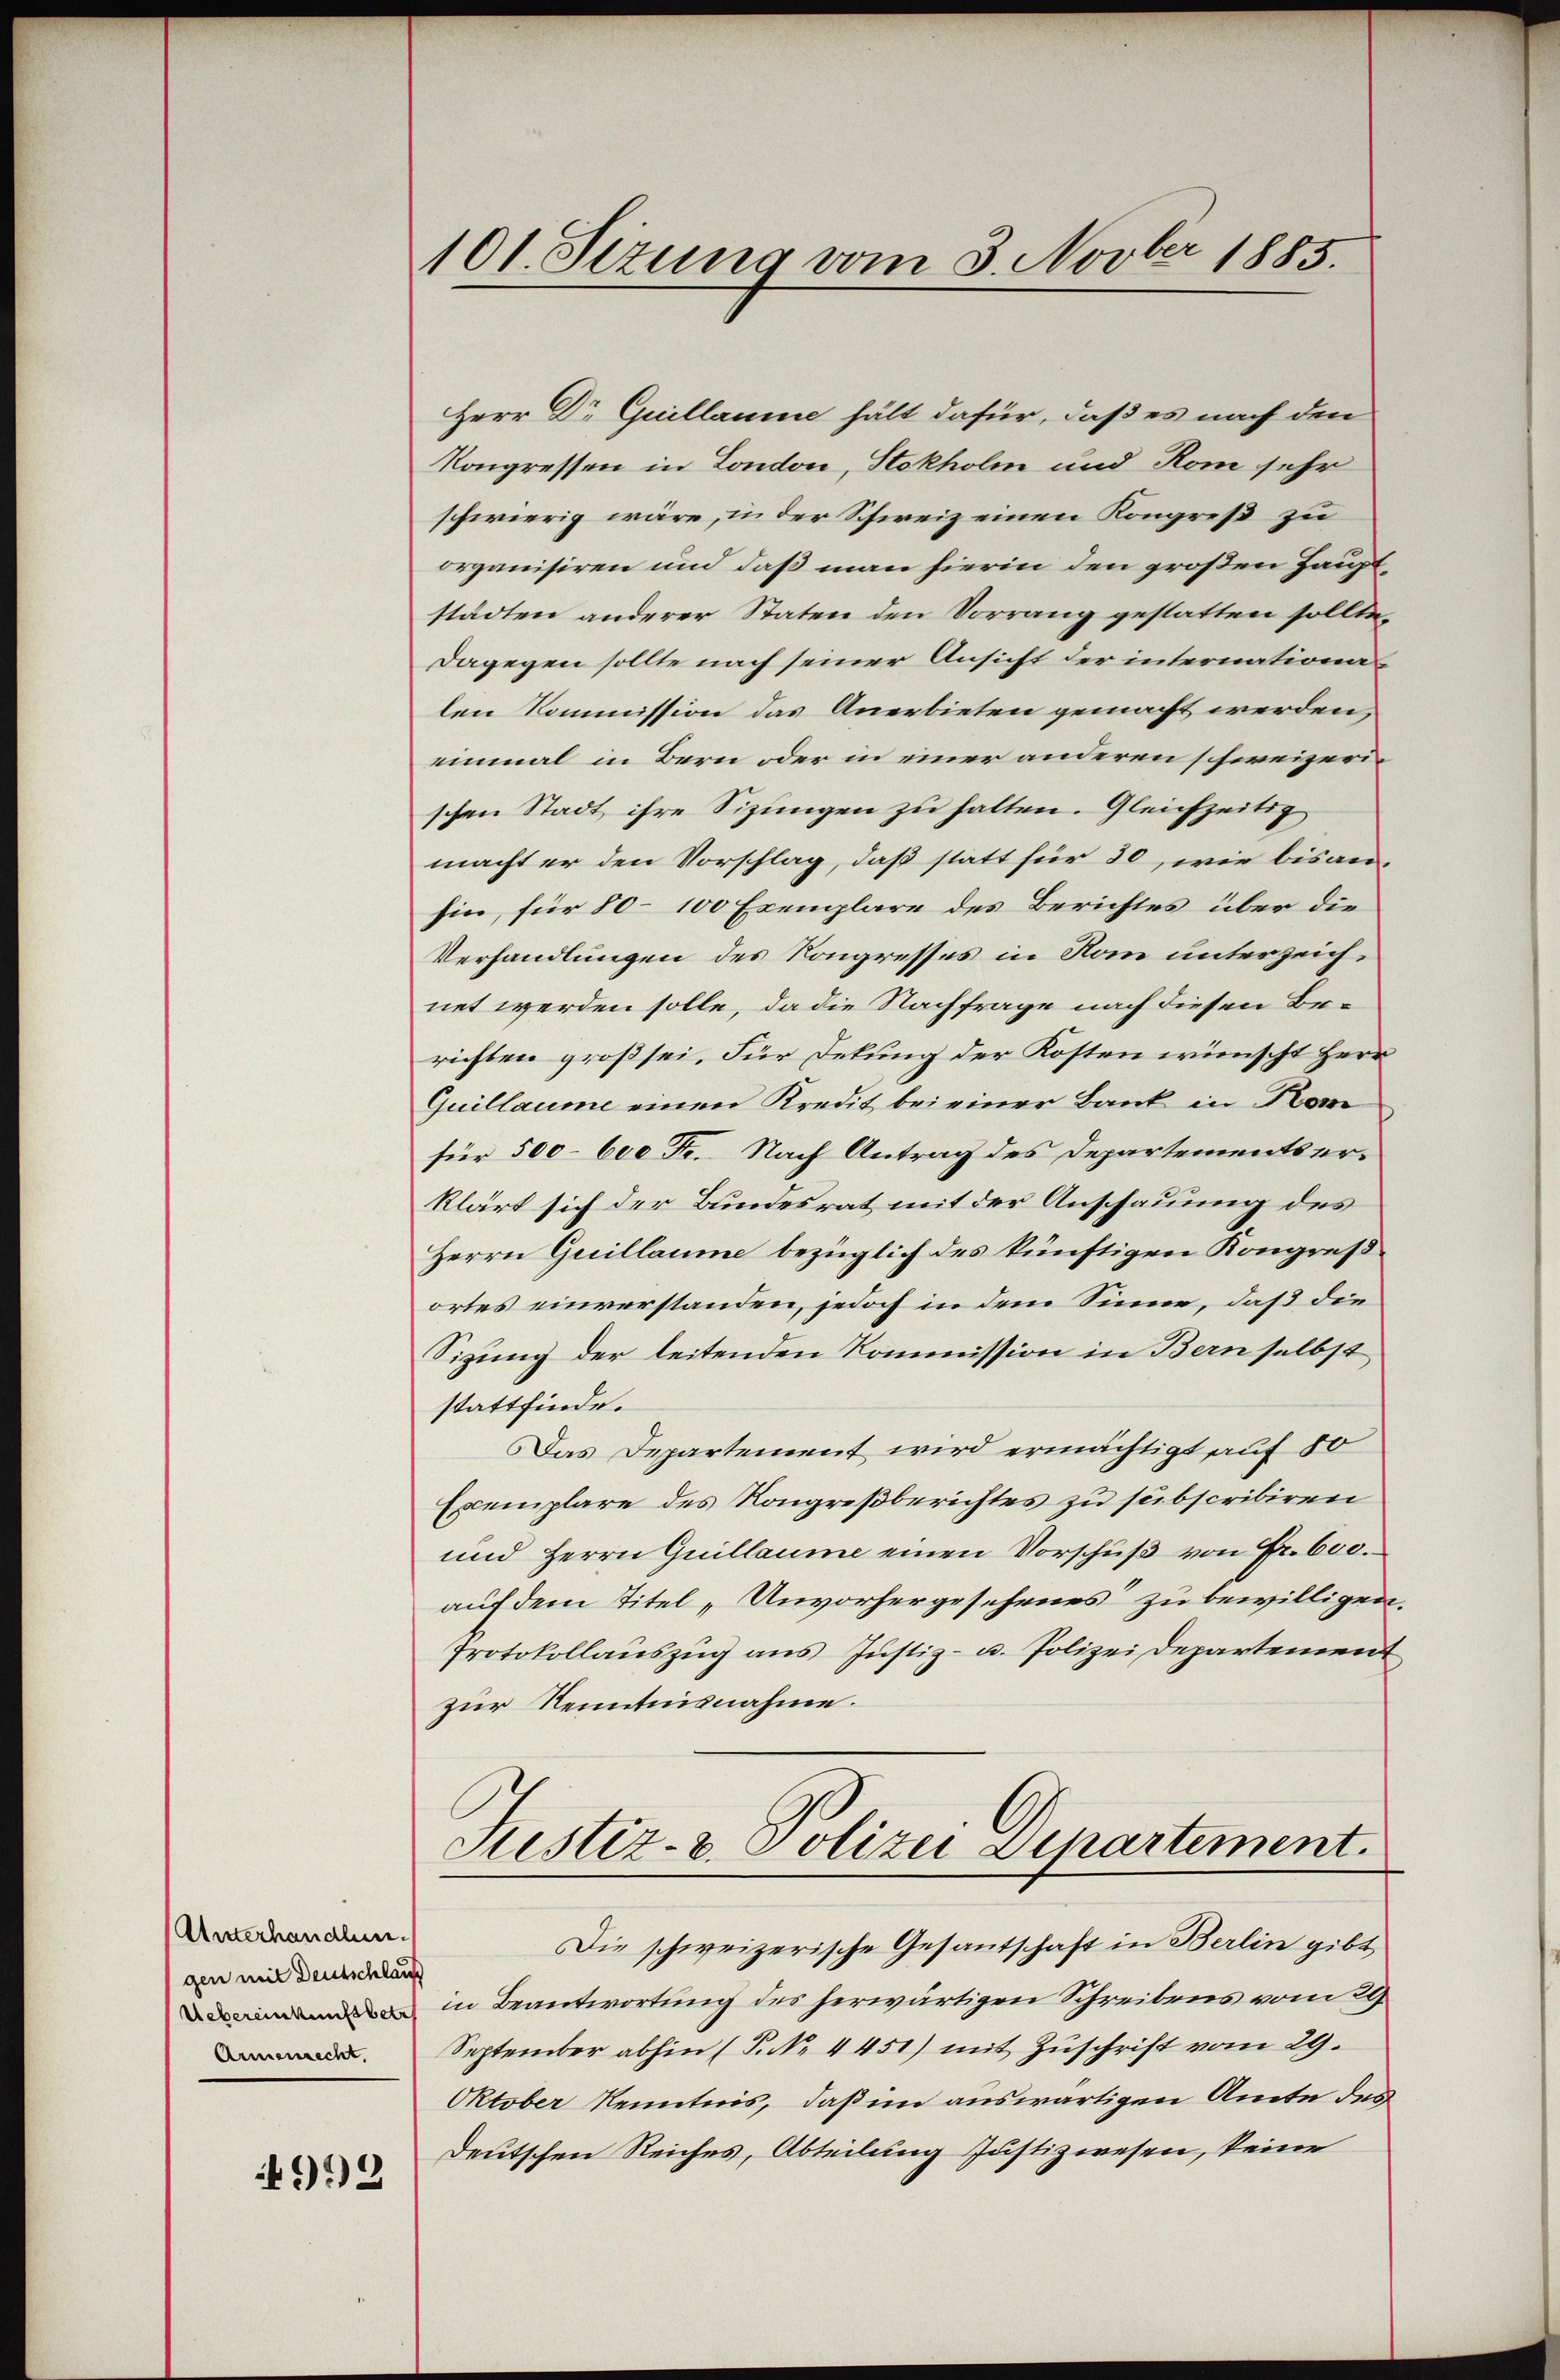
Unterhandlungen mit Deutschlauf
Uebereinkunftbetr
Armenrecht.

992

101. Sizung vom 3. Novber 1885.

Herr Dr Guillaume hält dafür, daß es nach den
Kongressen in London, Stokholm und Rom sehr
schwierig wäre, in der Schweiz einen Kongreß zu
organisiren und daß man hierin den großen Hauptstädten anderer Staten den Vorrang gestatten sollte,
dagegen sollte nach seiner Ansicht der internationalen Kommission das Anerbieten gemacht werden,
einmal in Bern oder in einer anderen schweizerischen Stadt ihre Sitzungen zu halten. Gleichzeitig
macht er den Vorschlag, daß statt für 30, wie bisanhin, für 80–100 Exemplare des Berichtes über die
Verhandlungen des Kongresses in Rom unterzeichnet werden solle, da die Nachfrage nach diesen Berichten groß sei. Für Dekung der Kosten wünscht Herr
Quillaume einen Kredit bei einer Bank in Kom
für 500–600 Fr. Nach Antrag des Departementser-
klärt sich der Bundesrat mit der Anschauung des
Herrn Guillaume bezüglich des künftigen Kongreßortes einverstanden, jedoch in dem Sinne, daß die
Sizung der leitenden Kommission in Bern selbst
stattfinde.
Das Departement wird ermächtigt auf 50
Exemplare des Kongreßberichtes zu subscribiren
und Herrn Guillaume einen Vorschuß von Fr. 600.
auf dem Titel „Unvorhergesehenes zu bewilligen.
Protokollauszug aus Justiz- u. Polizei Departement
zur Kenntnisnahme.

Justiz- u. Polizei Departement.

Die schweizerische Gesantschaft in Berlin gibt,
in Beantwortung des herwärtigen Schreibens vom 29.
September abhin (P. Nr. 4451) mit Zŭschrift vom 29.
Oktober Kenntnis, daß im auswärtigen Amte des
Deutschen Reiches, Abteilung Justizwesen, keine